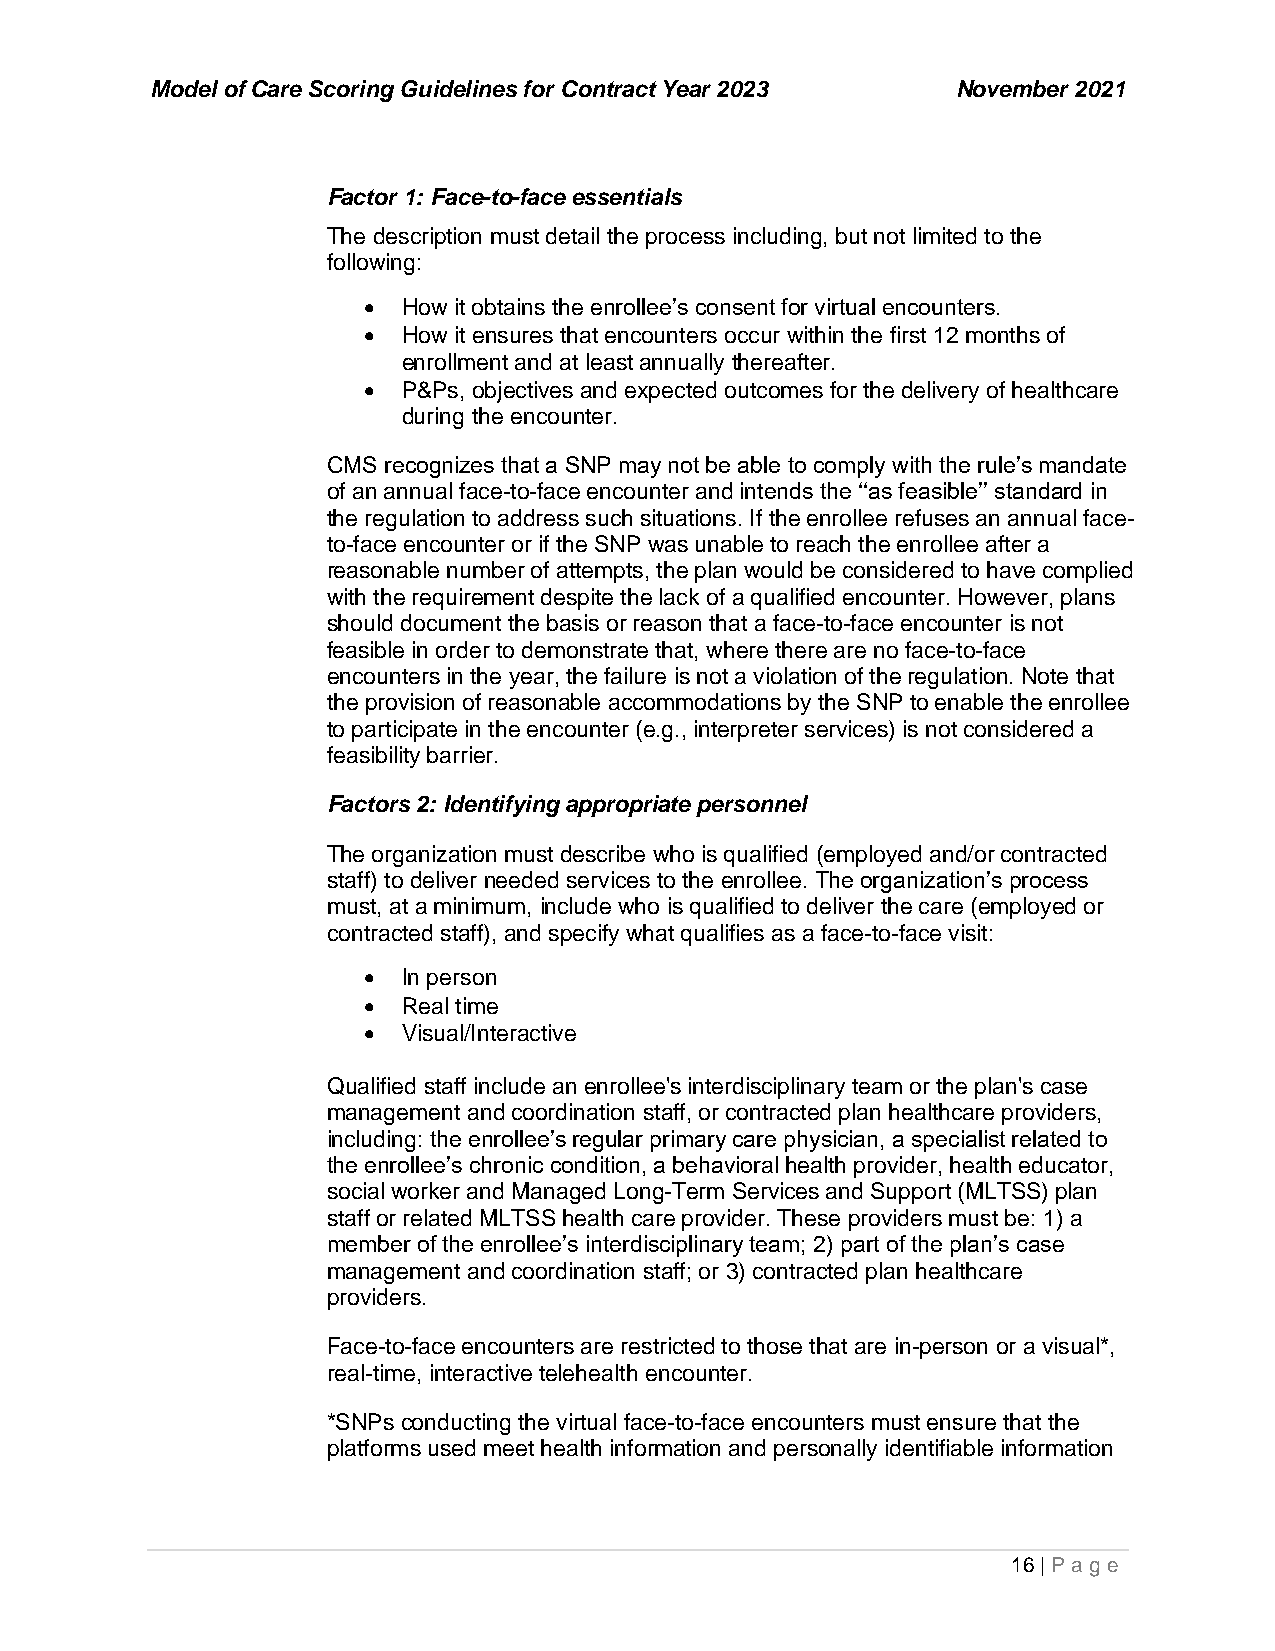
Model of Care Scoring Guidelines for Contract Year 2023 November 2021
 Factor 1: Face-to-face essentials
 The description must detail the process including, but not limited to the
 following:
 •  How it obtains the enrollee’s consent for virtual encounters.
 •  How it ensures that encounters occur within the first 12 months of
 enrollment and at least annually thereafter.
 •  P&Ps, objectives and expected outcomes for the delivery of healthcare
 during the encounter.
 CMS recognizes that a SNP may not be able to comply with the rule’s mandate
 of an annual face-to-face encounter and intends the ‘‘as feasible’’ standard in
 the regulation to address such situations. If the enrollee refuses an annual face-
 to-face encounter or if the SNP was unable to reach the enrollee after a
 reasonable number of attempts, the plan would be considered to have complied
 with the requirement despite the lack of a qualified encounter. However, plans
 should document the basis or reason that a face-to-face encounter is not
 feasible in order to demonstrate that, where there are no face-to-face
 encounters in the year, the failure is not a violation of the regulation. Note that
 the provision of reasonable accommodations by the SNP to enable the enrollee
 to participate in the encounter (e.g., interpreter services) is not considered a
 feasibility barrier.
 Factors 2: Identifying appropriate personnel
 The organization must describe who is qualified (employed and/or contracted
 staff) to deliver needed services to the enrollee. The organization’s process
 must, at a minimum, include who is qualified to deliver the care (employed or
 contracted staff), and specify what qualifies as a face-to-face visit:
 •  In person
 •  Real time
 •  Visual/Interactive
 Qualified staff include an enrollee's interdisciplinary team or the plan's case
 management and coordination staff, or contracted plan healthcare providers,
 including: the enrollee’s regular primary care physician, a specialist related to
 the enrollee’s chronic condition, a behavioral health provider, health educator,
 social worker and Managed Long-Term Services and Support (MLTSS) plan
 staff or related MLTSS health care provider. These providers must be: 1) a
 member of the enrollee’s interdisciplinary team; 2) part of the plan’s case
 management and coordination staff; or 3) contracted plan healthcare
 providers.
 Face-to-face encounters are restricted to those that are in-person or a visual*,
 real-time, interactive telehealth encounter.
 *SNPs conducting the virtual face-to-face encounters must ensure that the
 platforms used meet health information and personally identifiable information
 16 | P age